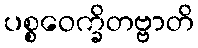
ပစ္စဝေက္ခိတဗ္ဗာတိ